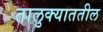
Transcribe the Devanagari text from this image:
तालुक्याततील